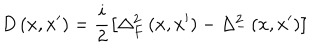
\; D \left( x , x ^ { \prime } \right) = \frac i 2 \left[ \Delta _ { F } ^ { 2 } \left( x , x ^ { \prime } \right) - \Delta _ { - } ^ { 2 } \left( x , x ^ { \prime } \right) \right]